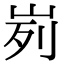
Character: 峛